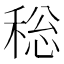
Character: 𮃐